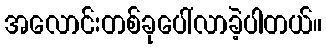
အလောင်းတစ်ခုပေါ်လာခဲ့ပါတယ်။